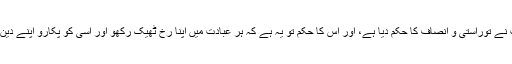
اے نبیؐ، ان سے کہو، میرے رب نے توراستی و انصاف کا حکم دیا ہے، اور اس کا حکم تو یہ ہے کہ ہر عبادت میں اپنا رخ ٹھیک رکھو اور اسی کو پکارو اپنے دین کو اس کے لیے خالص رکھ کر۔